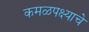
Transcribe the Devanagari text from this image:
कमळपक्ष्याचे